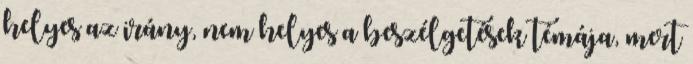
helyes az irány, nem helyes a beszélgetések témája, mert